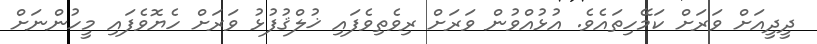
ދީދީއަށް ވަރަށް ކަމޭހިތައެވެ. އުޅުއްވުން ވަރަށް ރިވެތިވެފައި ޚުލްޤުފުޅު ވަރަށް ހެޔޮވެފައި މީހުންނަށް